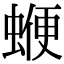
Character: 𧍲